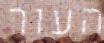
העור